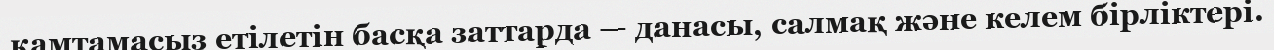
қамтамасыз етілетін басқа заттарда — данасы, салмақ және келем бірліктері.